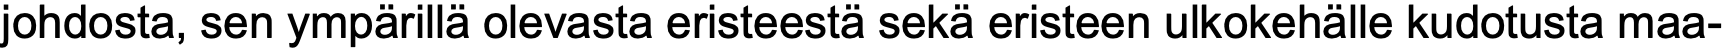
johdosta, sen ympärillä olevasta eristeestä sekä eristeen ulkokehälle kudotusta maa-